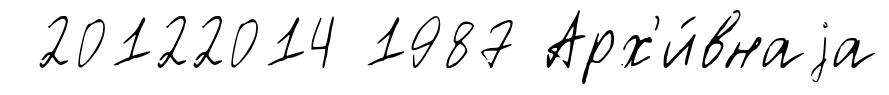
20122014 1987 Арх'и́внаjа